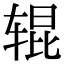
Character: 辊